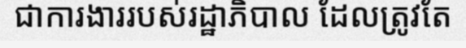
ជាការងាររបស់រដ្ឋាភិបាល ដែលត្រូវតែ